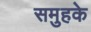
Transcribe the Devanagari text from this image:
समुहके